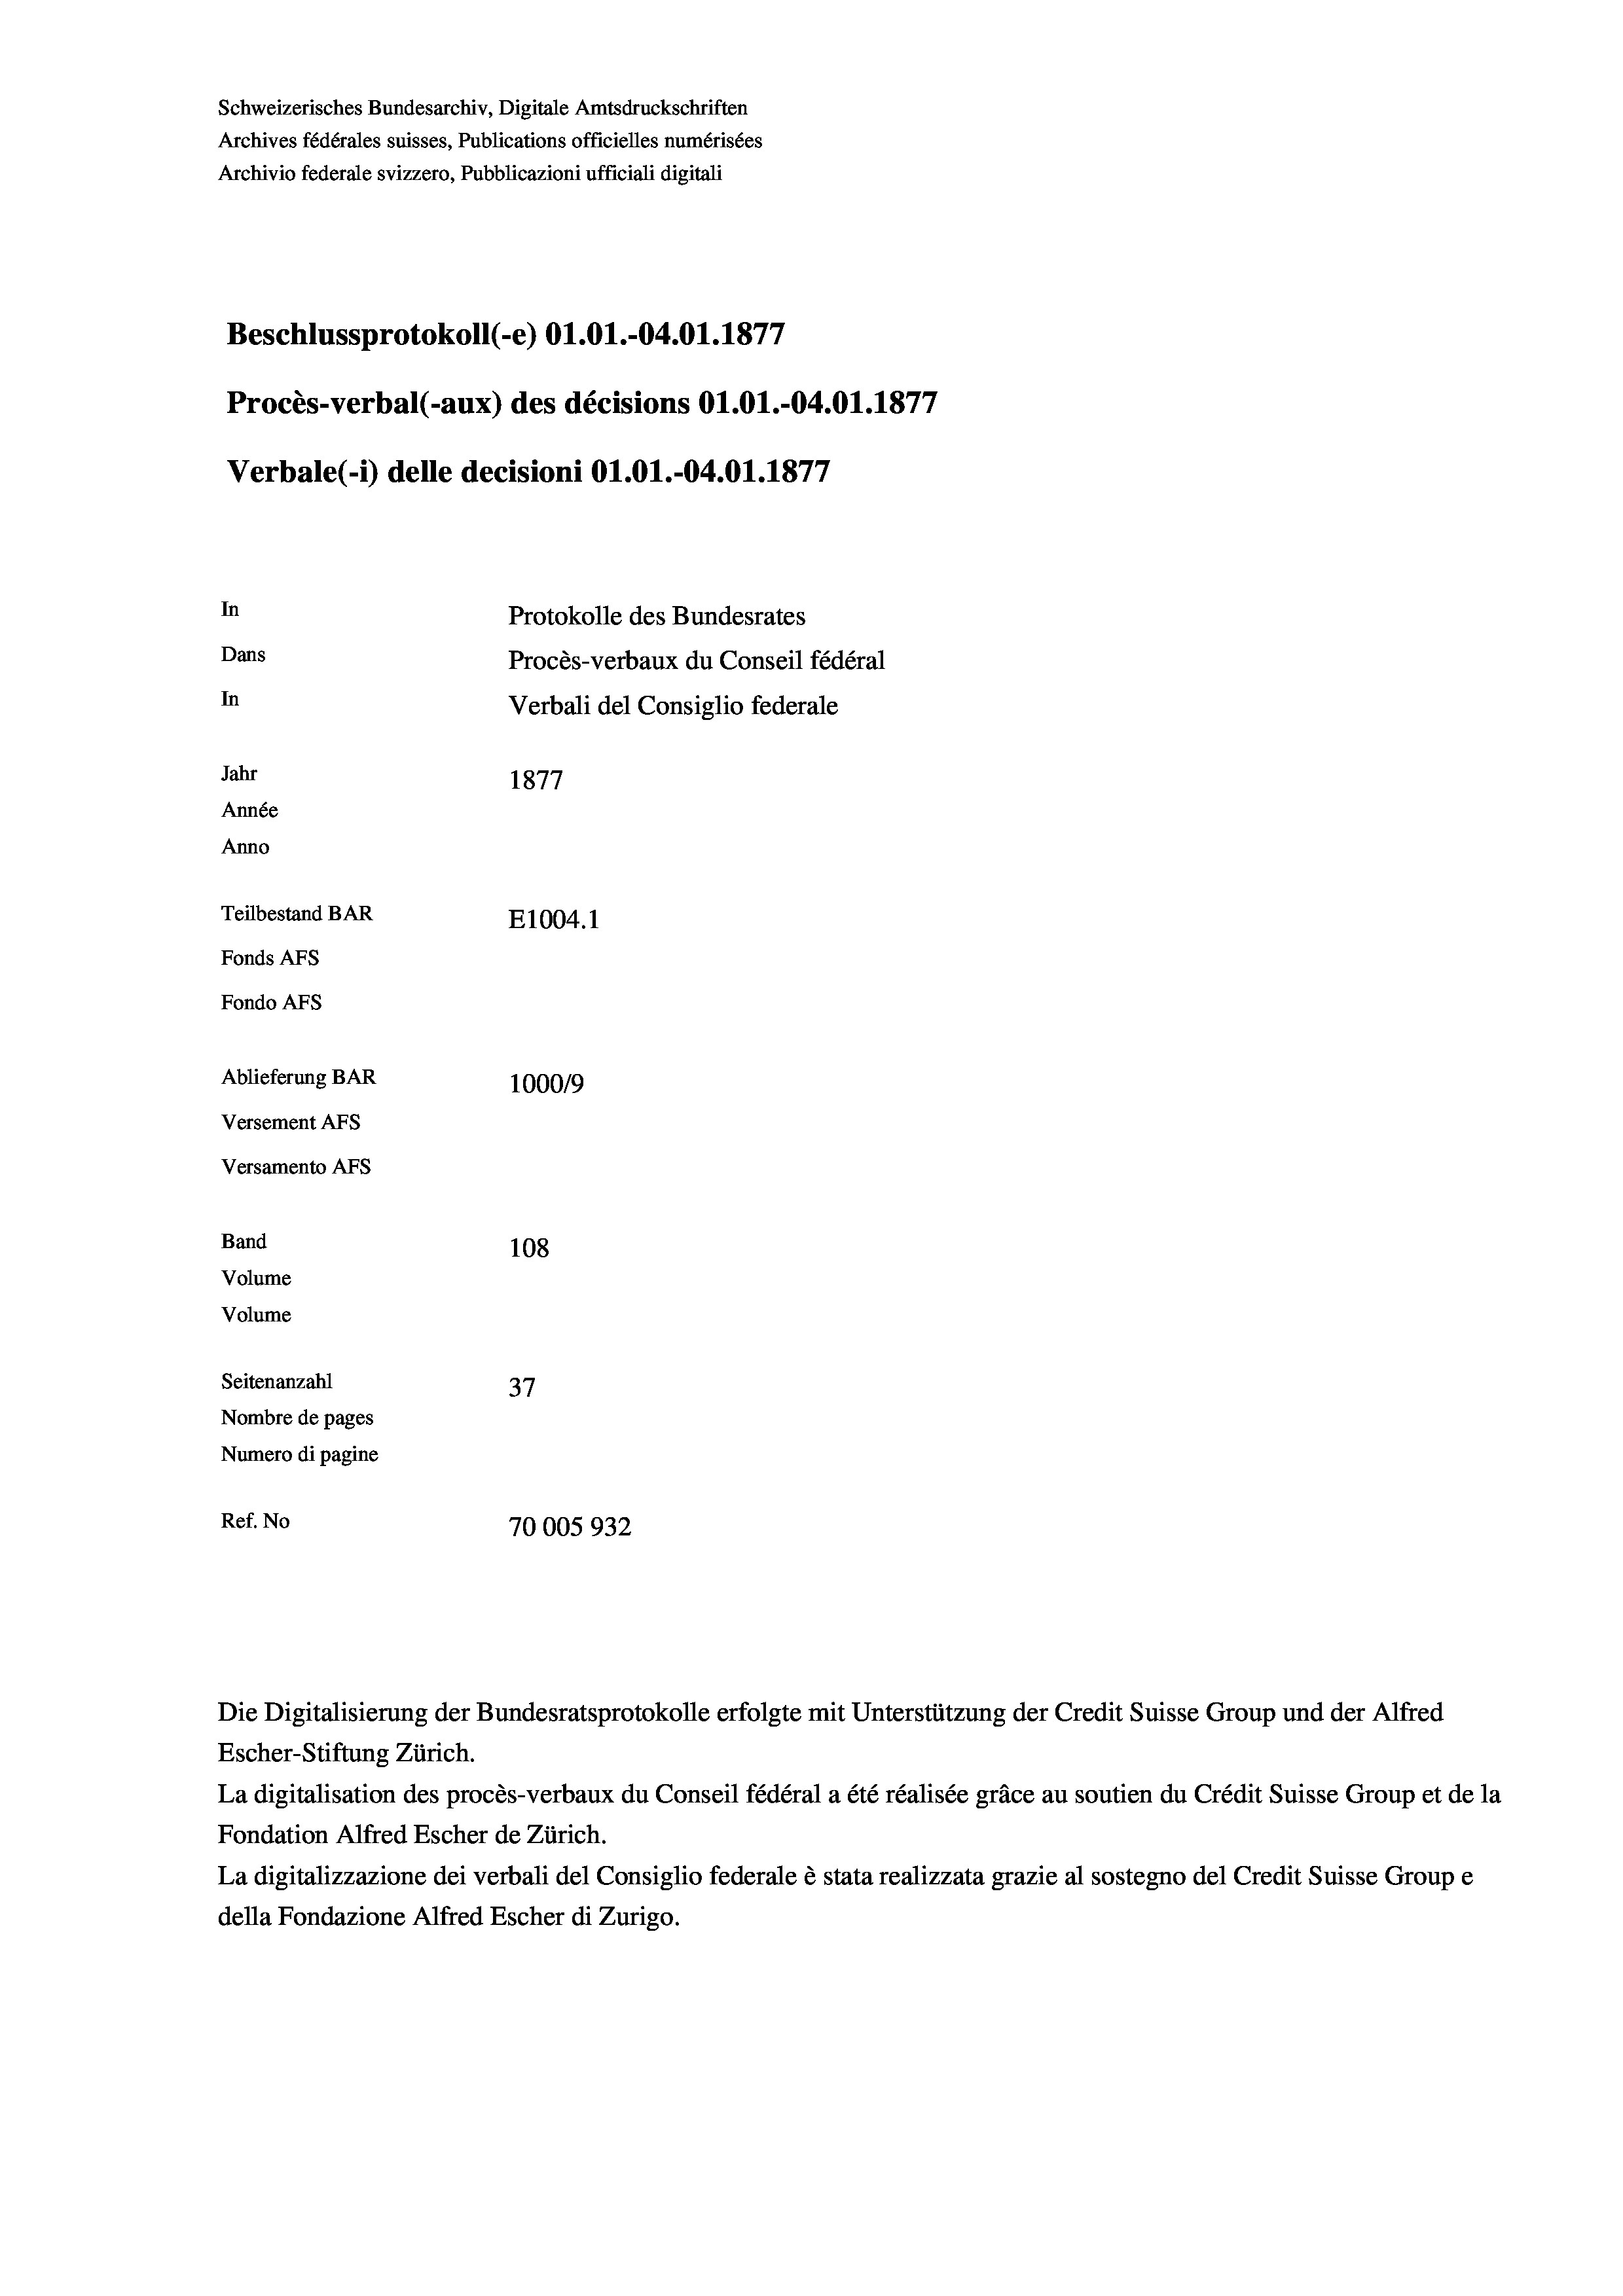
Schweizerisches Bundesarchiv, Digitale Amtsdruckschriften
Archives fédérales suisses, Publications officielles numérisées
Archivio federale svizzero, Pubblicazioni ufficiali digitali
Beschlussprotokoll (-e) 01.01.-04.01. 1877
Procès-verbal (-aux) des décisions Ol.01.-04.01.1877
Verbale(-*) delle decisioni Ol.O1.-04.01. 1877
In
Protokolle des Bundesrates
Dans
Procès-verbaux du Conseil fédéral
In
Verbali del Consiglio federale
Jahr
1877
Année
Anno
Teilbestand BAR
E1004.1
Fonds AFs
Fondo AFS
Ablieferung BAR
100019
Versement AFs
Versamento Afs
Band
108
Volume
Volume
Seitenanzahl
37
Nombre de pages
Numero di pagine
Ref. No
70005932

Escher-Stiftung Zürich.
La digitalisation des procès-verbaux du Conseil fédéral a été réalisée gräce au soutien du Crédit Suisse Group et de la
Fondation Alfred Escher de Zürich.
La digitalizzazione dei verbali del Consiglio federale è stata realizzata grazie al sostegno del Credit Suisse Groupe
della Fondazione Alfred Escher di Zurigo.

Die Digitalisierung der Bundesratsprotokolle erfolgte mit Unterstützung der Credit Suisse Group und der Alfred